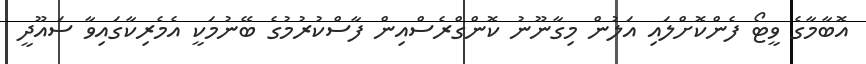
އޮބާމާގެ ވީޓޯ ފެންކޮށްލައި އަލުން މިގާނޫނު ކޮންގްރެސްއިން ފާސްކުރުމުގެ ބޭނުމަކީ އެމެރިކާގައިވާ ސައޫދީ